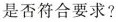
是否符合要求?